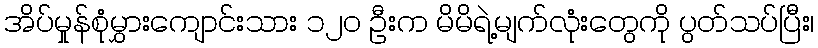
အိပ်မှုန်စုံမွှားကျောင်းသား ၁၂၀ ဦးက မိမိရဲ့မျက်လုံးတွေကို ပွတ်သပ်ပြီး၊